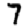
Digit: 7